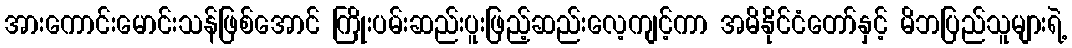
အားကောင်းမောင်းသန်ဖြစ်အောင် ကြိုးပမ်းဆည်းပူးဖြည့်ဆည်းလေ့ကျင့်ကာ အမိနိုင်ငံတော်နှင့် မိဘပြည်သူများရဲ့